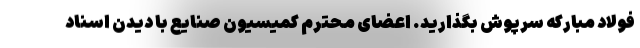
فولاد مبارکه سرپوش بگذارید. اعضای محترم کمیسیون صنایع با دیدن اسناد